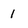
Character: 1